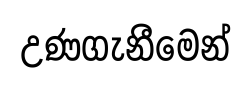
උණගැනීමෙන්